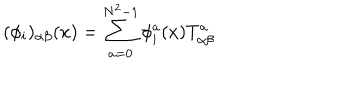
( \phi _ { i } ) _ { \alpha \beta } ( x ) = \sum _ { a = 0 } ^ { N ^ { 2 } - 1 } \phi _ { i } ^ { a } ( x ) T _ { \alpha \beta } ^ { a }